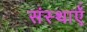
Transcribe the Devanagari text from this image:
संस्थाऍं